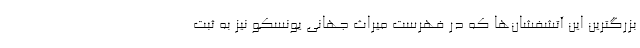
بزرگترین این آتشفشان‌ها که در فهرست میراث جهانی یونسکو نیز به ثبت